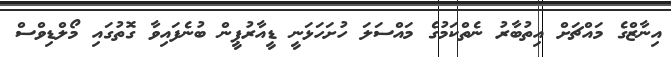
އިނާޒްގެ މައްޗަށް އިތުބާރު ނެތްކަމުގެ މައްސަލަ ހުށަހަޅަނީ ޑީއާރުޕީން ބުނެފައިވާ ގޮތުގައި މޯލްޑިވްސް